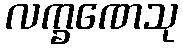
လက္ခဏေသု